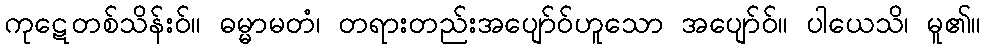
ကုဋေတစ်သိန်းဝ်။ ဓမ္မာမတံ၊ တရားတည်းအပျော်ဝ်ဟူသော အပျော်ဝ်။ ပါယေသိ၊ မူ၏။